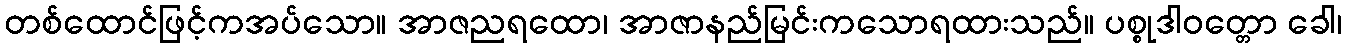
တစ်ထောင်ဖြင့်ကအပ်သော။ အာဇညရထော၊ အာဇာနည်မြင်းကသောရထားသည်။ ပစ္စုဒါဝတ္တော ခေါ၊